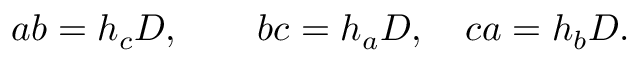
a b = h _ { c } D , \quad \quad b c = h _ { a } D , \quad c a = h _ { b } D .